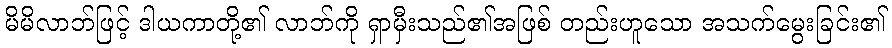
မိမိလာဘ်ဖြင့် ဒါယကာတို့၏ လာဘ်ကို ရှာမှီးသည်၏အဖြစ် တည်းဟူသော အသက်မွေးခြင်း၏